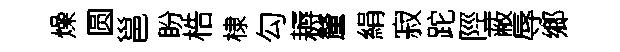
燥圆邕盼梏棣勾耨釐絹寂跎陘蔽辱鄉